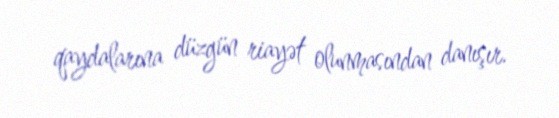
qaydalarına düzgün riayət olunmasından danışır.